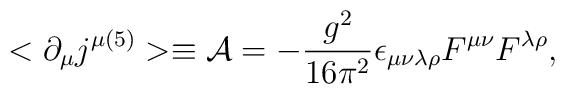
<\partial _\mu j^{\mu (5)}> \equiv {\cal A} =-{{g^2}\over{16\pi^2}}\epsilon _{\mu\nu\lambda \rho }F^{\mu\nu}F^{\lambda\rho},